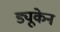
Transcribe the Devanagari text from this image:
ड्यूकेन